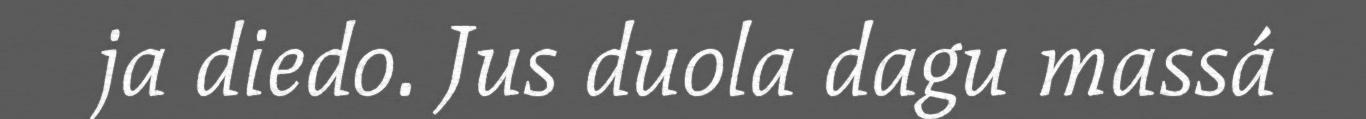
ja diedo. Jus duola dagu massá